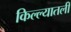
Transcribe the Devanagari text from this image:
किल्ल्यातली